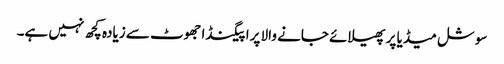
سوشل میڈیا پر پھیلائے جانے والا پراپیگنڈا جھوٹ سے زیادہ کچھ نہیں ہے۔